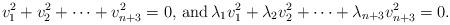
LaTeX: \begin{align*}v_1^2+v_2^2+\cdots+v_{n+3}^2=0, \,\mathrm{and}\, \lambda_1v_1^2+\lambda_2v_2^2+\cdots+\lambda_{n+3}v_{n+3}^2=0.\end{align*}